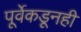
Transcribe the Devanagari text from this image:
पूर्वेकडूनही